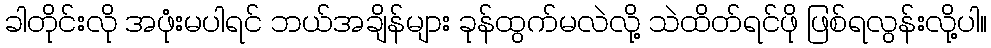
ခါတိုင်းလို အဖုံးမပါရင် ဘယ်အချိန်များ ခုန်ထွက်မလဲလို့ သဲထိတ်ရင်ဖို ဖြစ်ရလွန်းလို့ပါ။